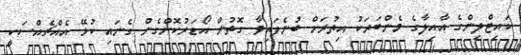
ކައިޓްލިންގެ އާއިލާގެ މެންބަރަކު އިތުރަށް ބުނެފައިވާ ގޮތުން އޯޑަރުކޮށްގެން ގެނައި ކުޅޭ އެއްޗެއްސަކީ